Report of the Indian Hemp Drugs Commission, 1894-1895 - Volume IV
Year: 1894
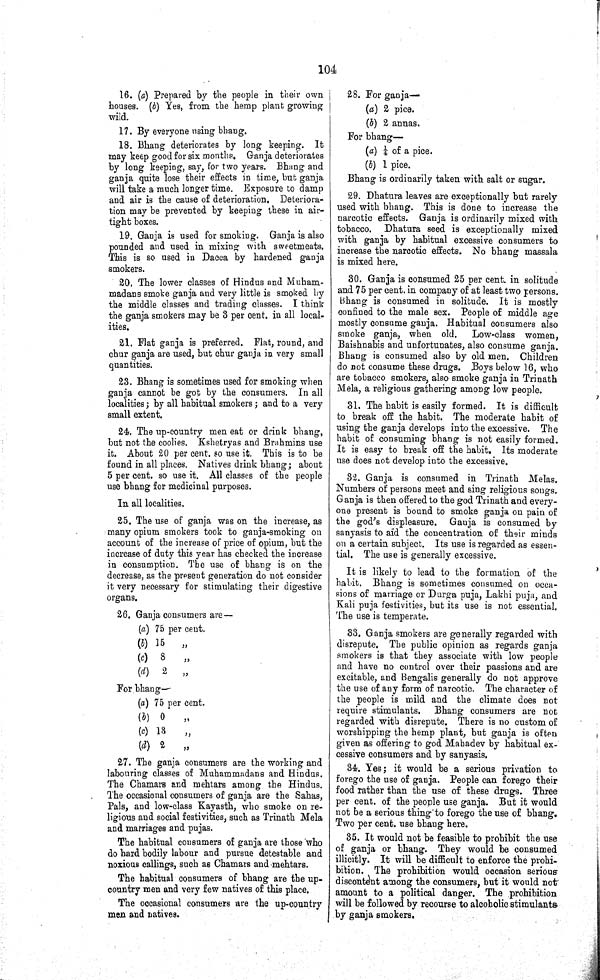
104
16. (a) Prepared by the people in their own
houses. (b) Yes, from the hemp plant growing
wild.
17. By everyone using bhang.
18. Bhang deteriorates by long keeping. It
may keep good for six months. Ganja deteriorates
by long keeping, say, for two years. Bhang and
ganja quite lose their effects in time, but ganja
will take a much longer time. Exposure to damp
and air is the cause of deterioration. Deteriora¬
tion may be prevented by keeping these in air¬
tight boxes.
19. Ganja is used for smoking. Ganja is also
pounded and used in mixing with sweetmeats.
This is so used in Dacca by hardened ganja
smokers.
20. The lower classes of Hindus and Muham-
madans smoke ganja and very little is smoked by
the middle classes and trading classes. I think
the ganja smokers may be 3 per cent. in all local¬
ities.
21. Flat ganja is preferred. Flat, round, and
chur ganja are used, but chur ganja in very small
quantities.
23. Bhang is sometimes used for smoking when
ganja cannot be got by the consumers. In all
localities; by all habitual smokers; and to a very
small extent.
24. The up-country men eat or drink bhang,
but not the coolies. Kshetryas and Brahmins use
it. About 20 per cent. so use it. This is to be
found in all places. Natives drink bhang; about
5 per cent. so use it. All classes of the people
use bhang for medicinal purposes.
In all localities.
25. The use of ganja was on the increase, as
many opium smokers took to ganja-smoking on
account of the increase of price of opium, but the
increase of duty this year has checked the increase
in consumption. The use of bhang is on the
decrease, as the present generation do not consider
it very necessary for stimulating their digestive
organs.
26. Ganja consumers are—
(a) 75 per cent.
(b) 15
"
(c) 8
"
(d) 2 "
For bhang—
(a) 75 per cent.
(b) 0
"
(c)
13 "
(d) 2
"
27. The ganja consumers are the working and
labouring classes of Muhammadans and Hindus.
The Chamars and mehtars among the Hindus.
The occasional consumers of ganja are the Sahas,
Pals, and low-class Kayasth, who smoke on re¬
ligious and social festivities, such as Trinath Mela
and marriages and pujas.
The habitual consumers of ganja are those who
do hard bodily labour and pursue detestable and
noxious callings, such as Chamars and mehtars.
The habitual consumers of bhang are the up-
country men and very few natives of this place.
The occasional consumers are the up-country
men and natives.
28. For ganja—
(a) 2 pice.
(b) 2 annas.
For bhang—
(a) ¼ of a pice.
(b) 1 pice.
Bhang is ordinarily taken with salt or sugar.
29. Dhatura leaves are exceptionally but rarely
used with bhang. This is done to increase the
narcotic effects. Ganja is ordinarily mixed with
tobacco. Dhatura seed is exceptionally mixed
with ganja by habitual excessive consumers to
increase the narcotic effects. No bhang massala
is mixed here.
30. Ganja is consumed 25 per cent. in solitude
and 75 per cent. in company of at least two persons.
Bhang is consumed in solitude. It is mostly
confined to the male sex. People of middle age
mostly consume ganja. Habitual consumers also
smoke ganja, when old. Low-class women,
Baishnabis and unfortunates, also consume ganja.
Bhang is consumed also by old men. Children
do not consume these drugs. Boys below 16, who
are tobacco smokers, also smoke ganja in Trinath
Mela, a religious gathering among low people.
31. The habit is easily formed. It is difficult
to break off the habit. The moderate habit of
using the ganja develops into the excessive. The
habit of consuming bhang is not easily formed.
It is easy to break off the habit. Its moderate
use does not develop into the excessive.
32. Ganja is consumed in Trinath Melas.
Numbers of persons meet and sing religious songs.
Ganja is then offered to the god Trinath and every¬
one present is bound to smoke ganja on pain of
the god's displeasure. Ganja is consumed by
sanyasis to aid the concentration of their minds
on a certain subject. Its use is regarded as essen¬
tial. The use is generally excessive.
It is likely to lead to the formation of the
habit. Bhang is sometimes consumed on occa¬
sions of marriage or Durga puja, Lakhi puja, and
Kali puja festivities, but its use is not essential.
The use is temperate.
33. Ganja smokers are generally regarded with
disrepute. The public opinion as regards ganja
smokers is that they associate with low people
and have no control over their passions and are
excitable, and Bengalis generally do not approve
the use of any form of narcotic. The character of
the people is mild and the climate does not
require stimulants. Bhang consumers are not
regarded with disrepute. There is no custom of
worshipping the hemp plant, but ganja is often
given as offering to god Mahadev by habitual ex¬
cessive consumers and by sanyasis.
34. Yes; it would be a serious privation to
forego the use of ganja. People can forego their
food rather than the use of these drugs. Three
per cent. of the people use ganja. But it would
not be a serious thing to forego the use of bhang.
Two per cent. use bhaug here.
35. It would not be feasible to prohibit the use
of ganja or bhang. They would be consumed
illicitly. It will be difficult to enforce the prohi¬
bition. The prohibition would occasion serious
discontent among the consumers, but it would not
amount to a political danger. The prohibition
will be followed by recourse to alcoholic stimulants
by ganja smokers.